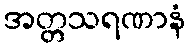
အတ္တသရဏာနံ